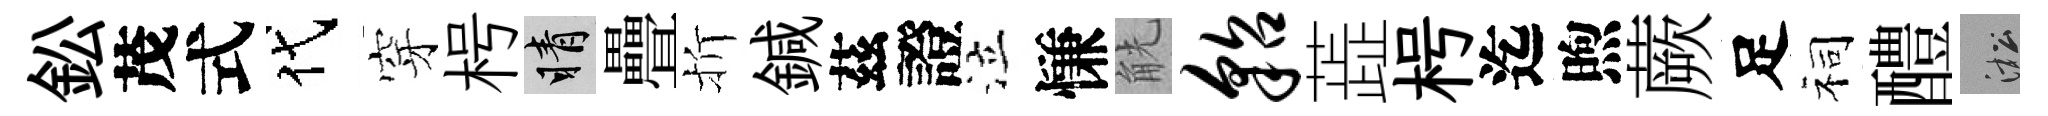
鈆茂式代穿枵睛疊折鍼茲證泣慊觥貂蕋枵迄煦蕨足祠醴淞